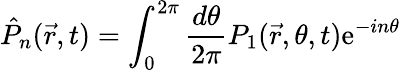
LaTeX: \hat{P}_{n}(\vec{r},t)=\int_{0}^{2\pi}{\frac{d\theta}{2\pi}}P_{1}(\vec{r},\theta,t)\mathrm{e}^{-in\theta}